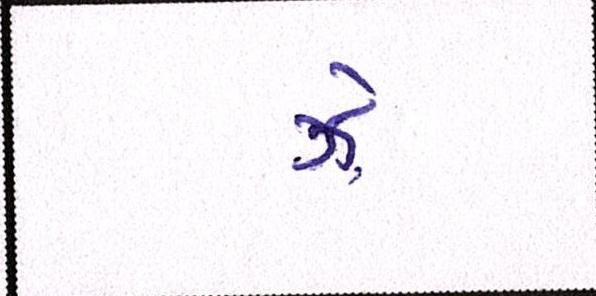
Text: ઝેૄ